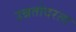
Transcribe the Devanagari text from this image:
उन्नतोदरता